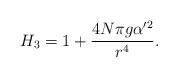
LaTeX: \begin{align*}H_3= 1+ {4N\pi g \alpha^{\prime 2}\over r^4 }.\end{align*}